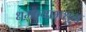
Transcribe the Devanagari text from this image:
धमन्यामधून